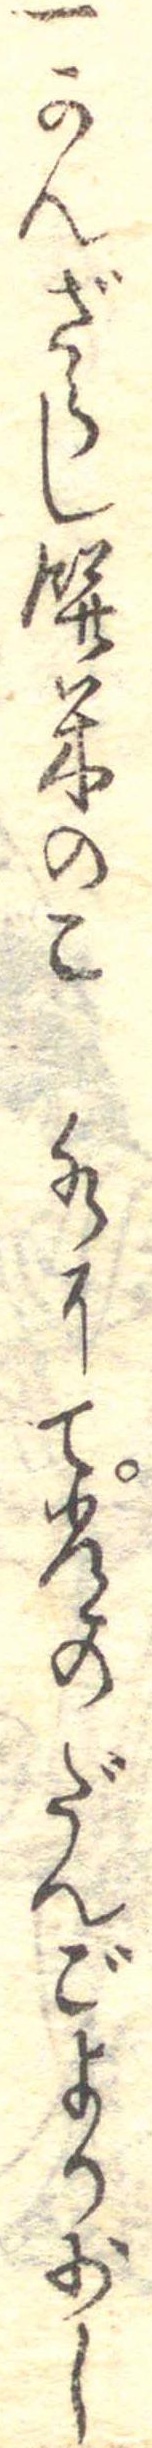
一かんざらし餅米のこ水にて常のだんごより少し